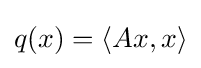
q(x)=\langle Ax,x\rangle